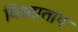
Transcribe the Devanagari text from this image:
विश्वप्रताप